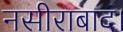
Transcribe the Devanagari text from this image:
नसीराबाद।